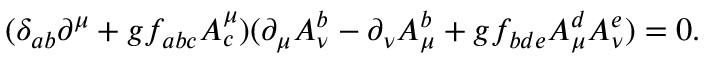
( \delta _ { a b } \partial ^ { \mu } + g f _ { a b c } A _ { c } ^ { \mu } ) ( \partial _ { \mu } A _ { \nu } ^ { b } - \partial _ { \nu } A _ { \mu } ^ { b } + g f _ { b d e } A _ { \mu } ^ { d } A _ { \nu } ^ { e } ) = 0 .